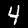
Digit: 4